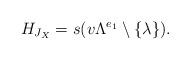
LaTeX: \begin{align*}H_{J_X}=s(v\Lambda^{e_1}\setminus \{\lambda\}).\end{align*}